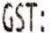
GST: